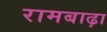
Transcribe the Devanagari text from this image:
रामबाढ़ा